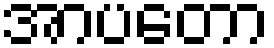
အာပတော